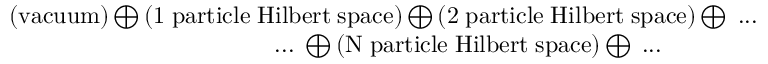
\begin{array} { r } { \left( \mathrm { v a c u u m } \right) \bigoplus \left( \mathrm { 1 \; p a r t i c l e \; H i l b e r t \; s p a c e } \right) \bigoplus \left( \mathrm { 2 \; p a r t i c l e \; H i l b e r t \; s p a c e } \right) \bigoplus \; . . . } \\ { . . . \; \bigoplus \left( \mathrm { N \; p a r t i c l e \; H i l b e r t \; s p a c e } \right) \bigoplus \; . . . \qquad \qquad } \end{array}